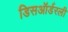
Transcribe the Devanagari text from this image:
डिसऑर्डरली